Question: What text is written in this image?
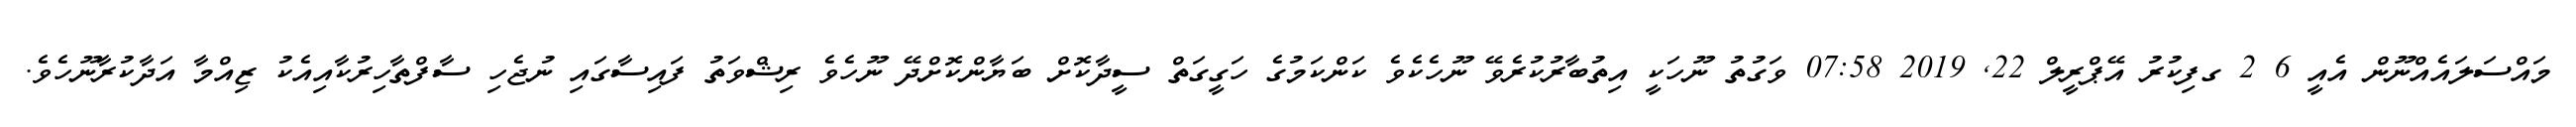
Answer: މައްސަލައެއްނޫން އެއީ 6 2 ގފިކުރު އޭޕްރީލް 22, 2019 07:58 ވަގުތު ނޫހަކީ އިތުބާރުކުރެވޭ ނޫހެކެވެ ކަންކަމުގެ ހަގީގަތް ސީދާކޮށް ބަޔާންކޮށްދޭ ނޫހެވެ ރިޝްވަތު ފައިސާގައި ނުޖެހި ސާފްތާހިރުކާއިއެކު ޒިއްމާ އަދާކުރާނޫހެވެ.